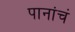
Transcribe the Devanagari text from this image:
पानांचं